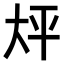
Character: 𫯡